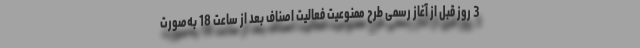
3 روز قبل از آغاز رسمی طرح ممنوعیت فعالیت اصناف بعد از ساعت 18 به‌صورت